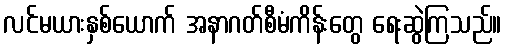
လင်မယားနှစ်ယောက် အနာဂတ်စီမံကိန်းတွေ ရေးဆွဲကြသည်။